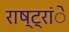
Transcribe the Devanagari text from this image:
राष्ट्रांे